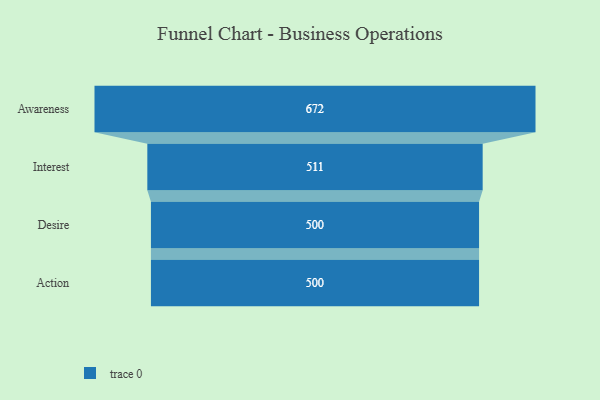
{"axis": {"x": "Stage", "y": "Value"}, "legend": [""], "data": [{"x": "Awareness", "y": 672.0, "type": ""}, {"x": "Interest", "y": 511.0, "type": ""}, {"x": "Desire", "y": 500, "type": ""}, {"x": "Action", "y": 500, "type": ""}]}